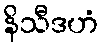
နိသီဒဟံ